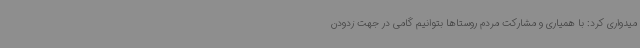
میدواری کرد: با همیاری و مشارکت مردم روستاها بتوانیم گامی در جهت زدودن